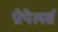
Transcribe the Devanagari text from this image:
प्रोपेलर्स